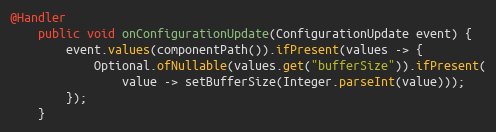
Language: Java
@Handler
    public void onConfigurationUpdate(ConfigurationUpdate event) {
        event.values(componentPath()).ifPresent(values -> {
            Optional.ofNullable(values.get("bufferSize")).ifPresent(
                value -> setBufferSize(Integer.parseInt(value)));
        });
    }